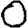
Digit: 0